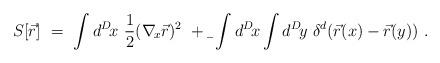
LaTeX: \begin{align*}S[\vec r]\ =\ \int d^D\! x\ {1\over 2} (\nabla_{\!x}\vec r) ^2\ +\b\ \int d^D\!x\int d^D\!y\ \delta^{d}(\vec r(x)-\vec r(y))\ .\end{align*}